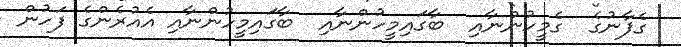
ގެފާނުގެ  ގެމީހުންނާއި  ބާގައިމީހުންނާއި  ބާގައިމީހުންނާއި އެއުރެންގެ ފަހުން